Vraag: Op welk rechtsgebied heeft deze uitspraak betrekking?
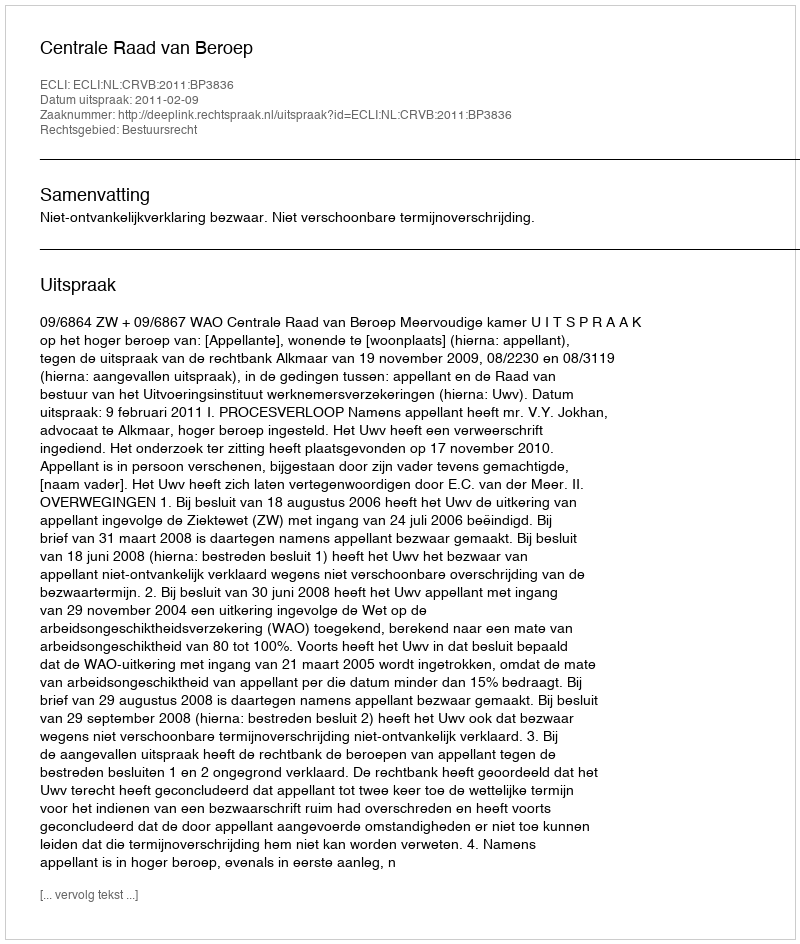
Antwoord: Bestuursrecht